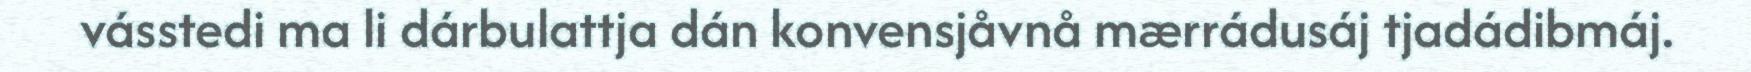
vásstedi ma li dárbulattja dán konvensjåvnå mærrádusáj tjadádibmáj.